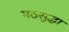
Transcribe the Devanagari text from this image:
मठसुद्धा